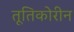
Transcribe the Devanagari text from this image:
तूतिकोरीन